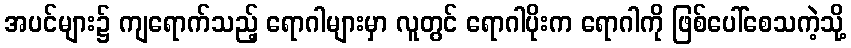
အပင်များ၌ ကျရောက်သည့် ရောဂါများမှာ လူတွင် ရောဂါပိုးက ရောဂါကို ဖြစ်ပေါ်စေသကဲ့သို့